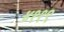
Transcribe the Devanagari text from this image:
४११९